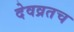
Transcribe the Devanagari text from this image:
देवव्रतच